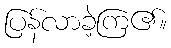
ပြန်လာခဲ့ကြ၏။